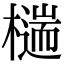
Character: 𣛹